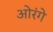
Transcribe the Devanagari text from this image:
ओरंगे